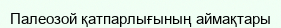
Палеозой қатпарлығының аймақтары